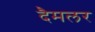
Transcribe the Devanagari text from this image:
दैमलर